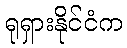
ရုရှားနိုင်ငံက